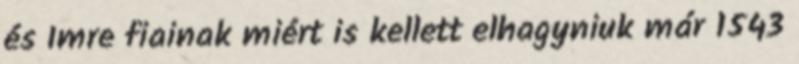
és Imre fiainak miért is kellett elhagyniuk már 1543